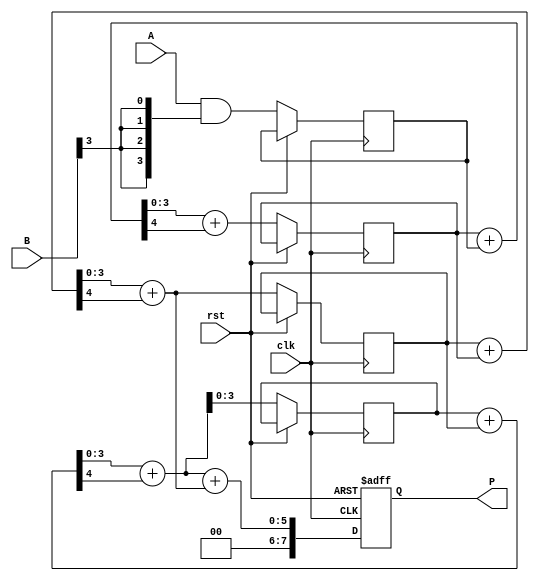
module wallace_tree_multiplier #(parameter N = 4) (
    input  wire [N-1:0] A,    // Multiplicand
    input  wire [N-1:0] B,    // Multiplier
    input  wire clk,          // Clock signal
    input  wire rst,          // Reset signal
    output reg [2*N-1:0] P    // Product
);

// Internal signals for partial products
wire [N-1:0] pp [0:N-1]; // Partial products

// Generate Partial Products
genvar i;
generate
    for (i = 0; i < N; i = i + 1) begin : partial_product_gen
        assign pp[i] = A & {N{B[i]}}; // ANDing each bit of B with A
    end
endgenerate

// Wallace Tree Reduction logic
reg [N-1:0] sum [0:N-1]; // Intermediate sums
reg [N-1:0] carry [0:N-1]; // Carry bits

integer j, k;

// Wallace tree reduction
always @(posedge clk or posedge rst) begin
    if (rst) begin
        P <= 0;
    end else begin
        // Initialize sum and carry for the first stage
        for (j = 0; j < N; j = j + 1) begin
            sum[j] <= pp[j];
            carry[j] <= 0;
        end
        
        // First reduction stage
        for (j = 0; j < N-1; j = j + 1) begin
            {carry[j], sum[j]} = sum[j] + sum[j+1]; // Simple addition
        end
        
        // Second reduction stage
        for (k = 0; k < N-1; k = k + 1) begin
            {carry[k], sum[k]} = sum[k] + carry[k]; // Add carry to sum
        end
        
        // Final addition to get the product
        P <= {carry[0], sum[0]} + {1'b0, sum[1]};
    end
end

endmodule